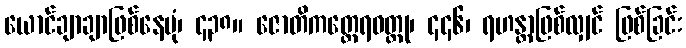
ယောင်ချာချာဖြစ်နေပုံ၊ ၄၃၈။ ဇောတိကတ္ထေရဝတ္ထု၊ ၄၄၆၊ ရဟန္တာဖြစ်လျှင် ဖြစ်ခြင်း